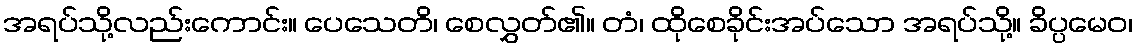
အရပ်သို့လည်းကောင်း။ ပေသေတိ၊ စေလွှတ်၏။ တံ၊ ထိုစေခိုင်းအပ်သော အရပ်သို့။ ခိပ္ပမေဝ၊